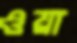
ওয়া